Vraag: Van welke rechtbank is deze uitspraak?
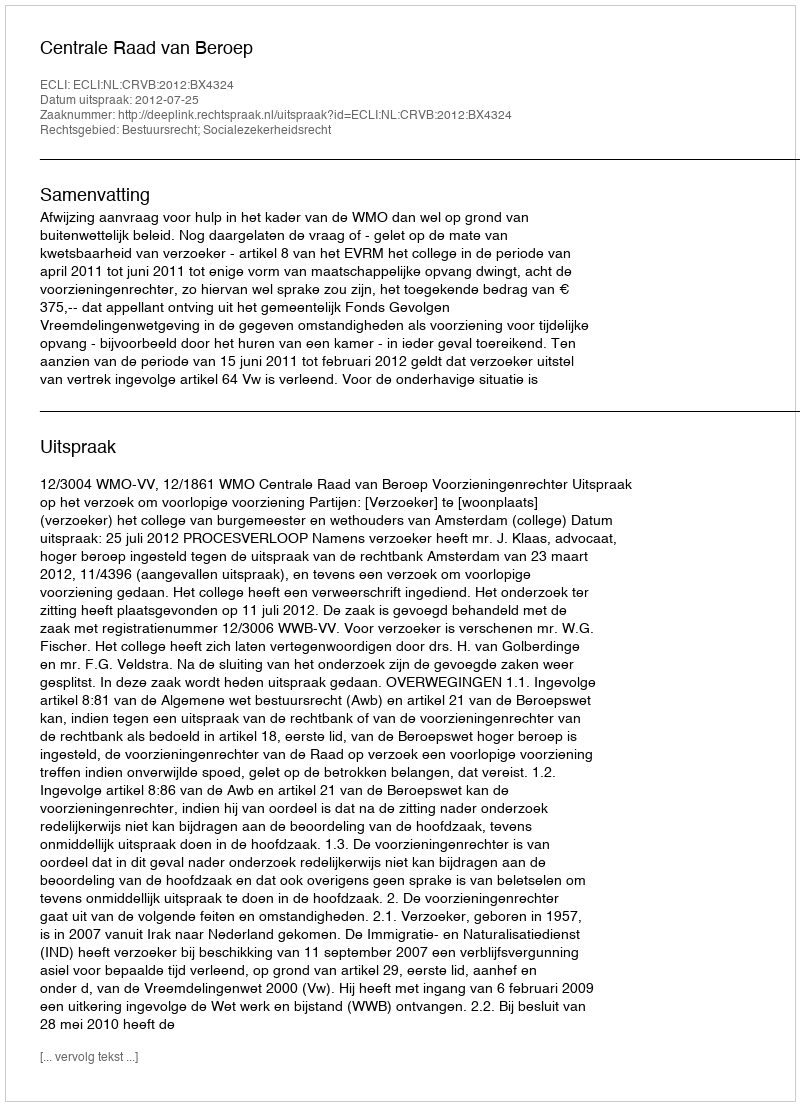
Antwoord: Centrale Raad van Beroep